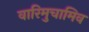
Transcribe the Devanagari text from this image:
वारिमुचामिव